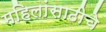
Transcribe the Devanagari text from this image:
महिलांसाठीचे